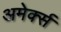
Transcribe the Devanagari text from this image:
अमेर्क्स